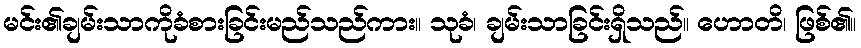
မင်း၏ချမ်းသာကိုခံစားခြင်းမည်သည်ကား။ သုခံ၊ ချမ်းသာခြင်းရှိသည်။ ဟောတိ၊ ဖြစ်၏။